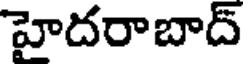
హైదరాబాద్